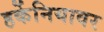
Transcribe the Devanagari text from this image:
हर्केनियावर